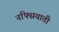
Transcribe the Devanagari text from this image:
नफ्सियाती